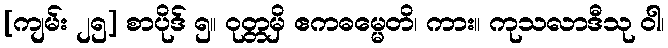
[ကျမ်း ၂၅] စာပိုဒ် ၅။ ဝုတ္တမှိ ဧကဓမ္မေတိ၊ ကား။ ကုသလာဒီသု ဝါ၊